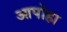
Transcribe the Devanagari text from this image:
आपोहा